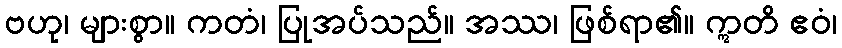
ဗဟု၊ များစွာ။ ကတံ၊ ပြုအပ်သည်။ အဿ၊ ဖြစ်ရာ၏။ ဣတိ ဧဝံ၊